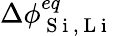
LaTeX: \Delta\phi_{\mathrm{~S~i~,~L~i~}}^{eq}